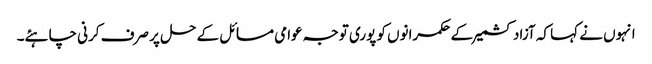
انہوں نے کہا کہ آزاد کشمیر کے حکمرانوں کو پوری توجہ عوامی مسائل کے حل پر صرف کرنی چاہئے۔